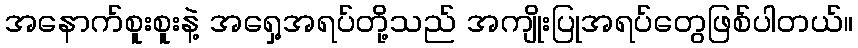
အနောက်စူးစူးနဲ့ အရှေ့အရပ်တို့သည် အကျိုးပြုအရပ်တွေဖြစ်ပါတယ်။